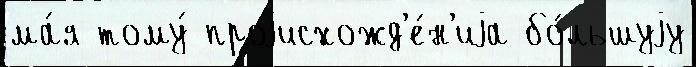
ма́я тому́ проjисхожд'е́н'иjа бо́льшуjу